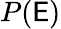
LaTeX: P(\mathsf{E})